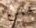
تشينغ